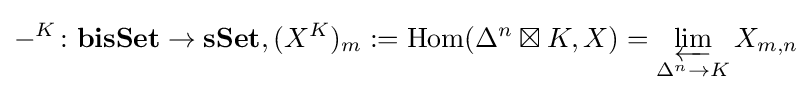
-^{K}\colon \mathbf {bisSet} \rightarrow \mathbf {sSet} ,(X^{K})_{m}:=\operatorname {Hom} (\Delta ^{n}\boxtimes K,X)=\varprojlim _{\Delta ^{n}\rightarrow K}X_{m,n}